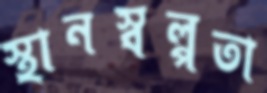
স্থানস্বল্পতা